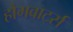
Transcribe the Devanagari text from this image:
हौगवार्ट्स